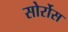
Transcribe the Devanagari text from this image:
सोर्रोस